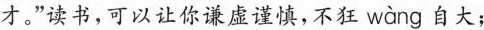
才。”读书，可以让你谦虚谨慎，不狂 w\grave{a}ng 自大；